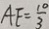
A E = \frac { 1 0 } { 3 }